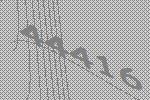
44416